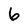
Character: 6